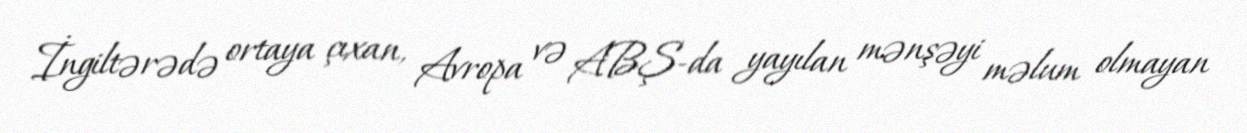
İngiltərədə ortaya çıxan, Avropa və ABŞ-da yayılan mənşəyi məlum olmayan